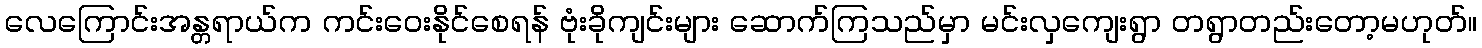
လေကြောင်းအန္တရာယ်က ကင်းဝေးနိုင်စေရန် ဗုံးခိုကျင်းများ ဆောက်ကြသည်မှာ မင်းလှကျေးရွာ တရွာတည်းတော့မဟုတ်။